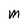
Character: M